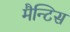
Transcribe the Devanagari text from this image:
मैन्टिस